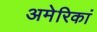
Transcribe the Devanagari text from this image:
अमेरिकां